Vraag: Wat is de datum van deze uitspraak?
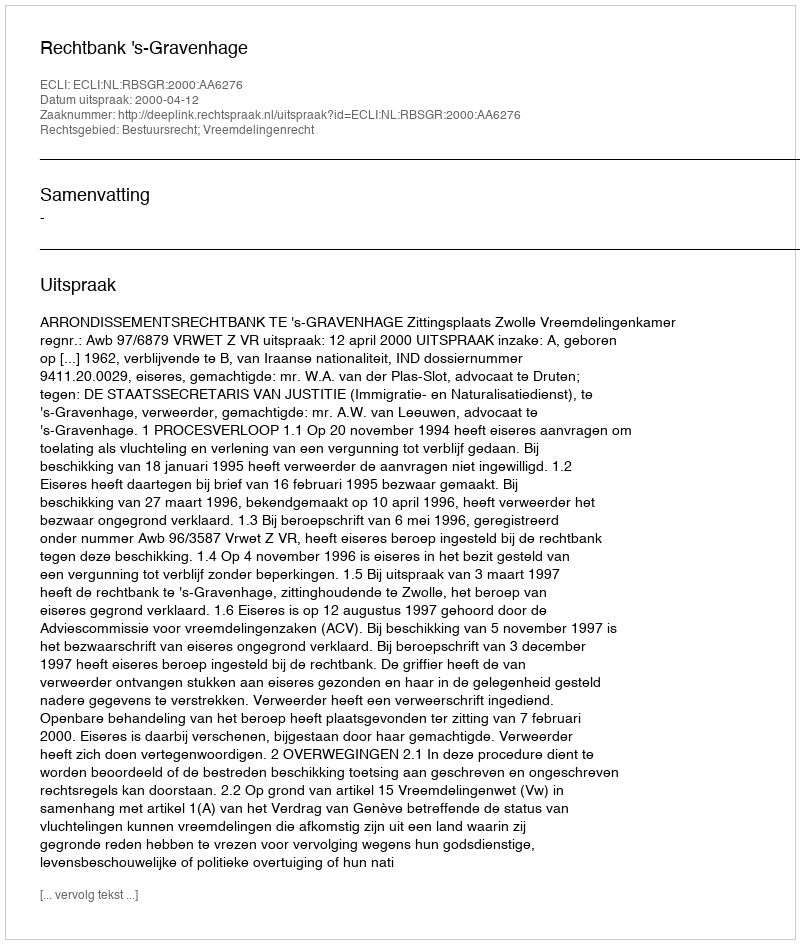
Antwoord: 2000-04-12